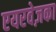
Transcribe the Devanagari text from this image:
एयरवेज़का